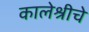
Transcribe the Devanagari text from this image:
कालेश्रीचे